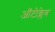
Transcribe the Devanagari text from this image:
ऑटोक्लेब